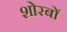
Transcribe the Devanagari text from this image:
शोरबों